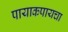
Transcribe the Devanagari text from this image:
पायाकपायचा